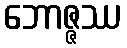
ဘောဇ္ဇဿ